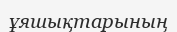
ұяшықтарының